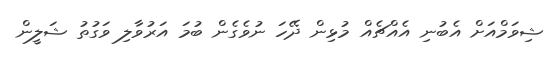
ޝިވަމްއަށް އެބުނި އެއްޗެއް މުޅިން ދޭހަ ނުވެގެން ބުމަ އަރުވާލި ވަގުތު ޝަލީން